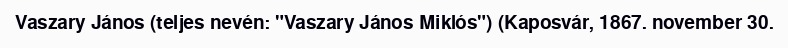
Vaszary János (teljes nevén: "Vaszary János Miklós") (Kaposvár, 1867. november 30.